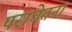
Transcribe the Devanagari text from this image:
पराचेतना